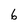
Character: 6